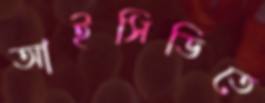
আইসিডিতে